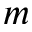
m